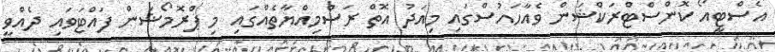
އެސްޓީއޯ ކޮންސްޓްރަކްޝަން ވެއާހައުސްގައި މިއަދު އޮތް ރަސްމިއްޔާތެއްގައި މި ޕްރޮމޯޝަން ފައްޓަވައި ދެއްވީ